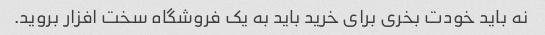
نه باید خودت بخری برای خرید باید به یک فروشگاه سخت افزار بروید.